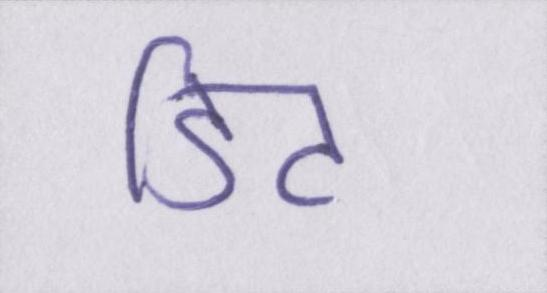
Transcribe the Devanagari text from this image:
डिट